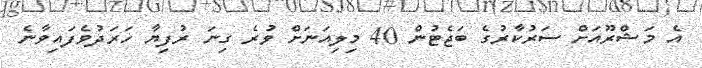
އެ މަޝްރޫއަށް ސަރުކާރުގެ ބަޖެޓުން 40 މިލިއަނަށް ވުރެ ގިނަ ރުފިޔާ ހަރަދުވެފައިވާނެ